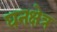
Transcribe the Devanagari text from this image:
घनक्षेत्र